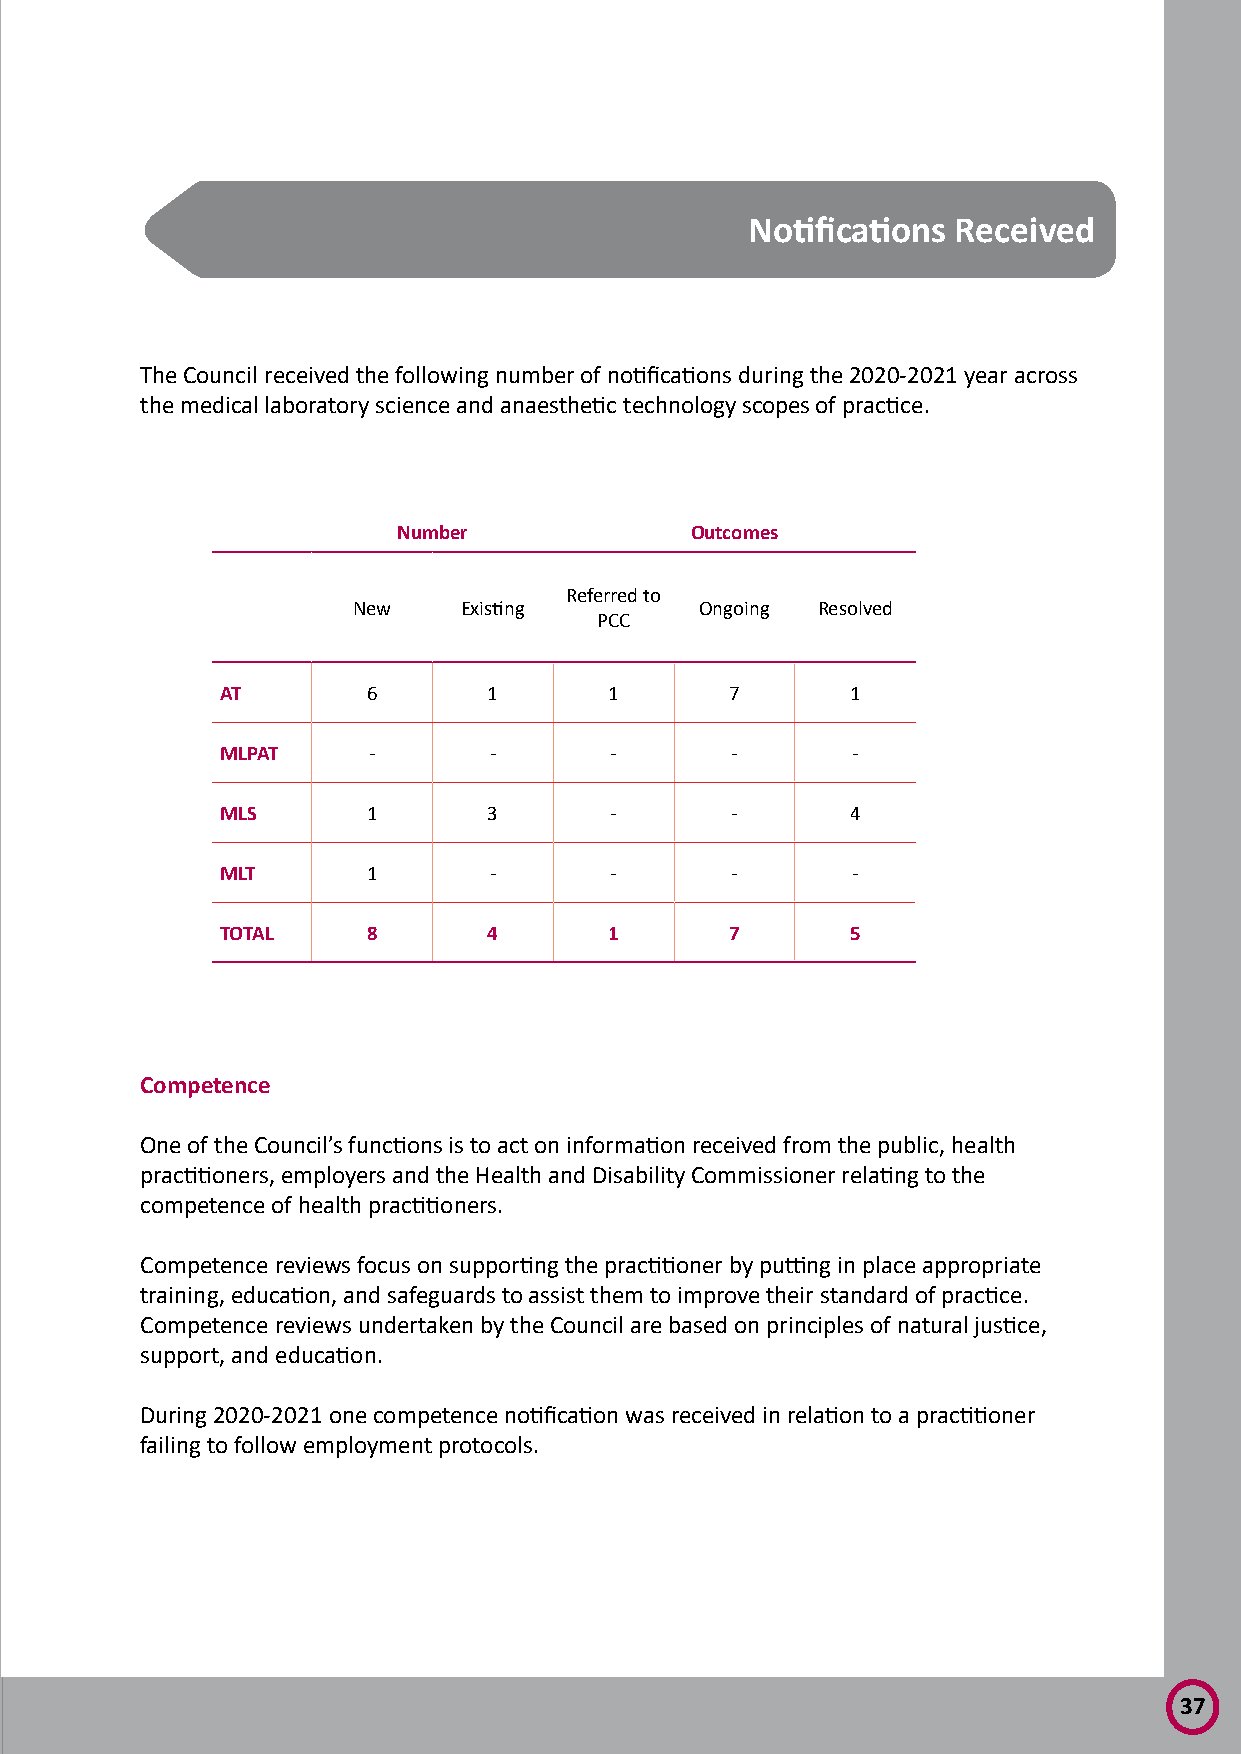
Notifications Received
 The Council received the following number of notifications during the 2020-2021 year across
 the medical laboratory science and anaesthetic technology scopes of practice.
 Number              Outcomes
 Referred to
 New    Existing        Ongoing Resolved
 PCC
 AT       6       1       1       7       1
 MLPAT    -       -       -       -       -
 MLS      1       3       -       -       4
 MLT      1       -       -       -       -
 TOTAL    8       4       1       7       5
 Competence
 One of the Council’s functions is to act on information received from the public, health
 practitioners, employers and the Health and Disability Commissioner relating to the
 competence of health practitioners.
 Competence reviews focus on supporting the practitioner by putting in place appropriate
 training, education, and safeguards to assist them to improve their standard of practice.
 Competence reviews undertaken by the Council are based on principles of natural justice,
 support, and education.
 During 2020-2021 one competence notification was received in relation to a practitioner
 failing to follow employment protocols.
 37